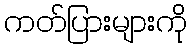
ကတ်ပြားများကို